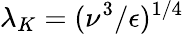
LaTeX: \lambda_{K}=(\nu^{3}/\epsilon)^{1/4}